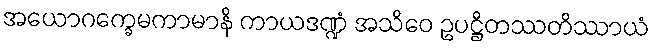
အယောဂက္ခေမကာမာနိ ကာယဒဏ္ဍံ အသိဝေ ဥပဋ္ဌိတဿတိဿာယံ